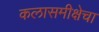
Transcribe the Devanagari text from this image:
कलासमीक्षेचा